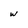
Character: W